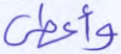
وأعطى